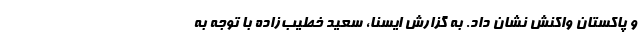
و پاکستان واکنش نشان داد. به گزارش ایسنا، سعید خطیب‌زاده با توجه به